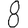
Digit: 8